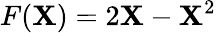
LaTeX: F(\boldsymbol{\textbf{X}})=2\boldsymbol{\textbf{X}}-\boldsymbol{\textbf{X}}^{2}